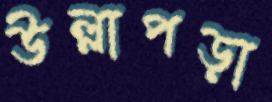
উল্লাপড়া